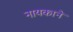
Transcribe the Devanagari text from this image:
नायकाने